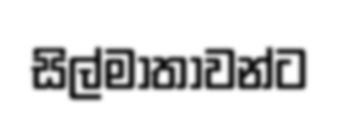
සිල්මාතාවන්ට